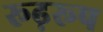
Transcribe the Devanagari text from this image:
रूढ़रूप